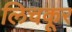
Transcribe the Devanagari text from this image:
लिचकूर